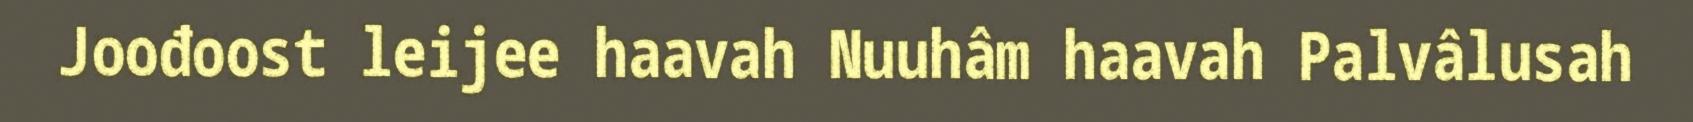
Joođoost leijee haavah Nuuhâm haavah Palvâlusah